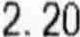
2.20